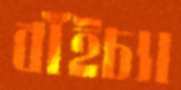
বাঁইচ্যা